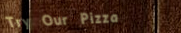
Try Our Pizza